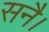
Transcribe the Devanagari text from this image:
सनै।